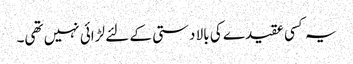
یہ کسی عقیدے کی بالا دستی کے لئے لڑائی نہیں تھی۔